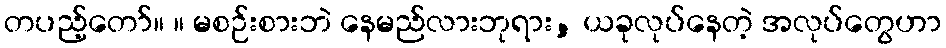
တပည့်တော်။ ။ မစဉ်းစားဘဲ နေမည်လားဘုရား, ယခုလုပ်နေတဲ့ အလုပ်တွေဟာ